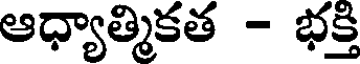
ఆధ్యాత్మికత - భక్తి